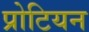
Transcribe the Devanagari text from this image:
प्रोटियन